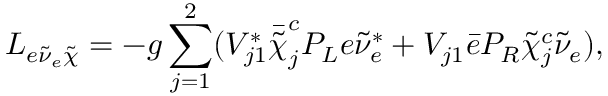
{ \cal L } _ { e \tilde { \nu } _ { e } \tilde { \chi } } = - g \sum _ { j = 1 } ^ { 2 } ( V _ { j 1 } ^ { * } \bar { \tilde { \chi } } _ { j } ^ { c } P _ { L } e \tilde { \nu } _ { e } ^ { * } + V _ { j 1 } \bar { e } P _ { R } \tilde { \chi } _ { j } ^ { c } \tilde { \nu } _ { e } ) ,